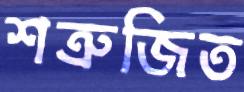
শত্রুজিত